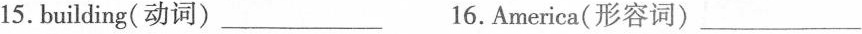
15. building(动词)___16. America(形容词)___